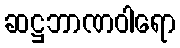
ဆဋ္ဌဘာဏဝါရော